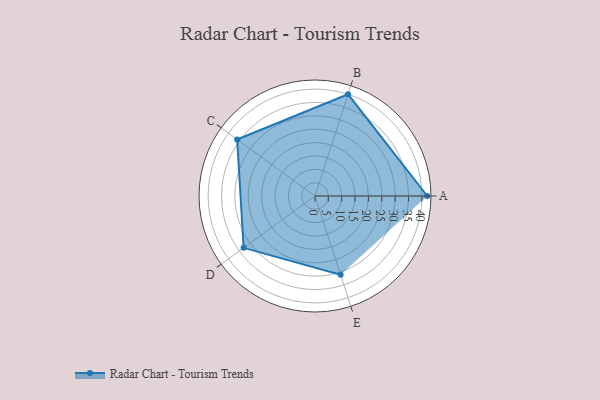
{"axis": {"x": "Skill", "y": "Score"}, "legend": ["Profile"], "data": [{"x": "A", "y": 42.0, "type": "Profile"}, {"x": "B", "y": 40.0, "type": "Profile"}, {"x": "C", "y": 36.0, "type": "Profile"}, {"x": "D", "y": 33.0, "type": "Profile"}, {"x": "E", "y": 31.0, "type": "Profile"}]}